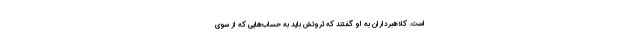
است. کلاهبرداران به او گفتند که ثروتش باید به حساب‌هایی که از سوی